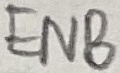
Text: ENB